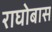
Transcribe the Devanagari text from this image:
राघोबास